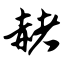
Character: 赭